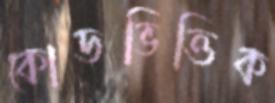
কোডভিত্তিক